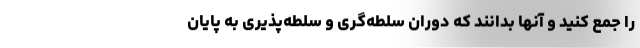
را جمع کنید و آنها بدانند که دوران سلطه‌گری و سلطه‌پذیری به پایان